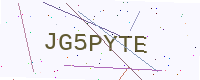
Text: JG5PYTE